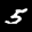
Digit: 5